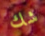
شك